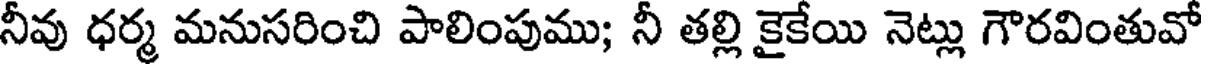
నీవు ధర్మ మనుసరించి పాలింపుము; నీ తల్లి కైకేయి నెట్లు గౌరవింతువో